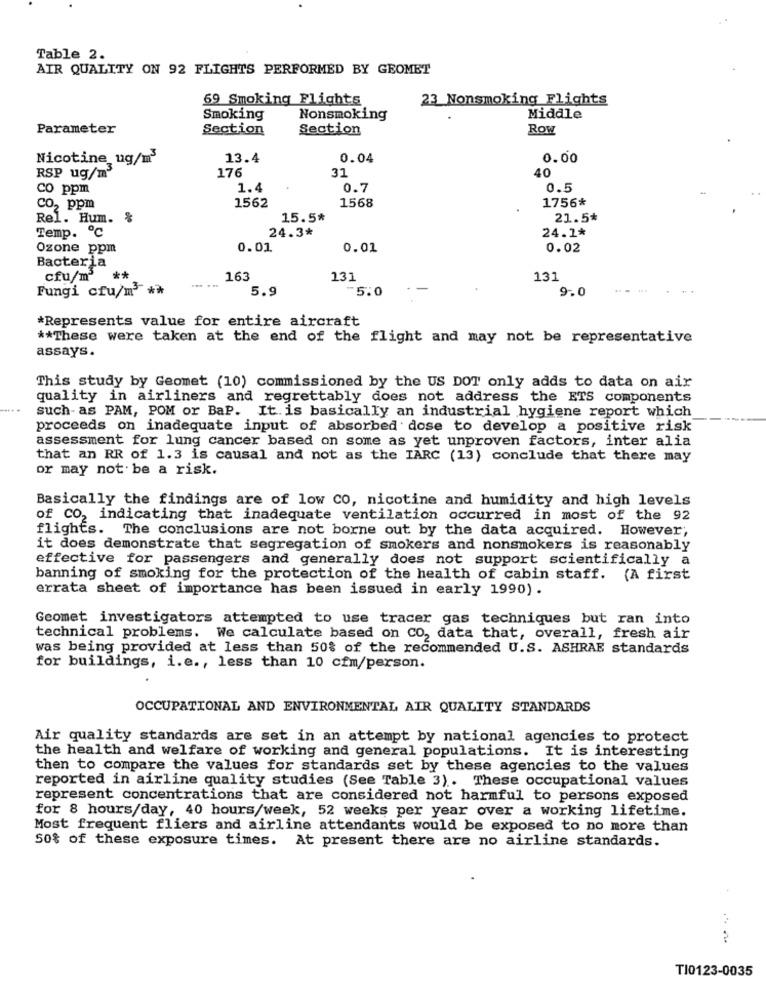
Table 2.
AIR QUALITY ON 92 FLIGHTS PERFORMED BY GEOMET
69 Smoking Flights
23 Nonsmoking Flights
Smoking
Nonsmoking
Middle
Parameter
Section
Section
Row
Nicotine ug/m3
13.4
0.04
0.00
176
31
40
RSP ug/m'
co ppm
1.4
0.7
0.5
1562
1568
1756*
CO2 ppm
Rel. Hum. %
15.5*
21.5*
Temp. ℃
24.3*
24.1*
Ozone ppm
0.01
0.01
0.02
Bacteria
cfu/m3
163
131
131
Fungi cfu/m **
5.9
-5.0
9.0
*Represents value for entire aircraft
** These were taken at the end of the flight and may not be representative
assays.
This study by Geomet (10) commissioned by the US DOT only adds to data on air
quality in airliners and regrettably does not address the ETS components
such- as PAM, POM or BaP. It. is basically an industrial hygiene report which
proceeds on inadequate input of absorbed dose to develop a positive risk
assessment for lung cancer based on some as yet unproven factors, inter alia
that an RR of 1.3 is causal and not as the IARC (13) conclude that there may
or may not be a risk.
Basically the findings are of low CO, nicotine and humidity and high levels
of CO, indicating that inadequate ventilation occurred in most of the 92
flights. The conclusions are not borne out by the data acquired. However,
it does demonstrate that segregation of smokers and nonsmokers is reasonably
effective for passengers and generally does not support scientifically a
banning of smoking for the protection of the health of cabin staff. (A first
errata sheet of importance has been issued in early 1990) .
Geomet investigators attempted to use tracer gas techniques but ran into
technical problems. We calculate based on CO, data that, overall, fresh air
was being provided at less than 50% of the recommended U.S. ASHRAE standards
for buildings, i.e ., less than 10 cfm/person.
OCCUPATIONAL AND ENVIRONMENTAL AIR QUALITY STANDARDS
Air quality standards are set in an attempt by national agencies to protect
the health and welfare of working and general populations. It is interesting
then to compare the values for standards set by these agencies to the values
reported in airline quality studies (See Table 3). These occupational values
represent concentrations that are considered not harmful to persons exposed
for 8 hours/day, 40 hours/week, 52 weeks per year over a working lifetime.
Most frequent fliers and airline attendants would be exposed to no more than
50% of these exposure times. At present there are no airline standards.
T10123-0035